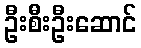
ဦးစီးဦးဆောင်